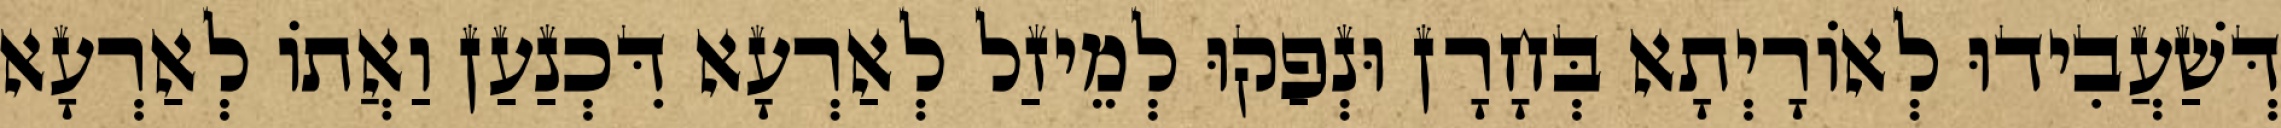
דְּשַׁעֲבִידוּ לְאוֹרָיְתָא בְּחָרָן וּנְפַקוּ לְמֵיזַל לְאַרְעָא דִּכְנַעַן וַאֲתוֹ לְאַרְעָא